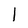
Character: 1